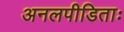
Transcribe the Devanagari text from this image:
अनलपीडिताः